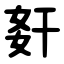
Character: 姧